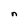
Character: n